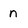
Character: n